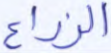
الزراع